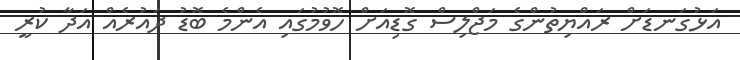
އަޅުގަނޑަށް ރައްޔިތުންގެ މަޖްލިސް ގޮޑިއަށް ހޮވުމުގައި އެންމެ ބޮޑު ދައުރެއް އަދާ ކުރީ